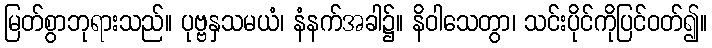
မြတ်စွာဘုရားသည်။ ပုဗ္ဗနှသမယံ၊ နံနက်အခါ၌။ နိဝါသေတွာ၊ သင်းပိုင်ကိုပြင်ဝတ်၍။